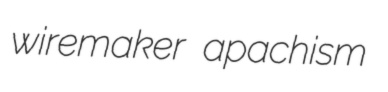
wiremaker apachism